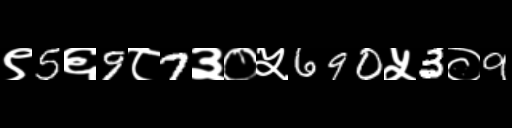
Text: ९5६9८7३०५690५3०9